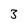
Character: 3